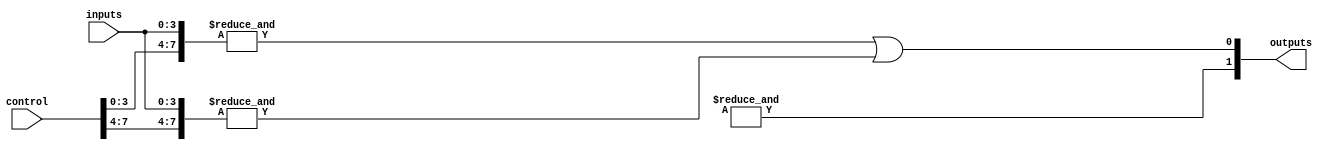
module SPAL (
    input  wire [N-1:0] inputs,       // N input signals
    input  wire [M-1:0] control,       // M control signals for programming the AND array
    output wire [P-1:0] outputs        // P output signals from the OR array
);

parameter N = 4; // Number of inputs
parameter M = 8; // Number of programmable AND gates
parameter P = 2; // Number of fixed OR outputs

// Programmable AND array
wire [M-1:0] and_outputs; // Outputs from AND gates

genvar i, j;
generate
    for (i = 0; i < M; i = i + 1) begin : and_array
        assign and_outputs[i] = &({control[i*N +: N], inputs}); // AND operation
    end
endgenerate

// Fixed OR array
assign outputs[0] = and_outputs[0] | and_outputs[1]; // Example OR connections
assign outputs[1] = and_outputs[2] | and_outputs[3]; // Example OR connections

endmodule